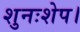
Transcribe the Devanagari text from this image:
शुनःशेप।